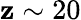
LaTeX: \mathbf{z}\sim20